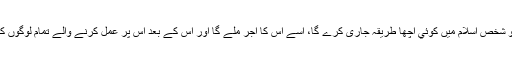
آپ ﷺ نے فرمایا: ”جو شخص اسلام میں کوئي اچھا طریقہ جاری کرے گا، اسے اس کا اجر ملے گا اور اس کے بعد اس پر عمل کرنے والے تمام لوگوں کے برابر اجر ملے گا۔